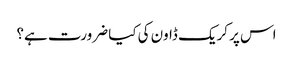
اس پر کریک ڈاون کی کیا ضرورت ہے؟